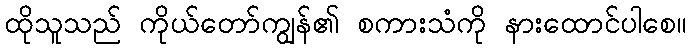
ထိုသူသည် ကိုယ်တော်ကျွန်၏ စကားသံကို နားထောင်ပါစေ။